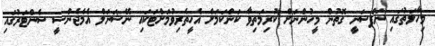
މިހާލަތުގައި ނަފްސަނީ ގޮތުން މީހުންނަށް ކުރިމަތިވާ ކަންކަމަށް އެހީތެރިވުމަށްޓަކައި ނޭޝަނަލް އެމެޖެންސީ ސެންޓަރުގައި